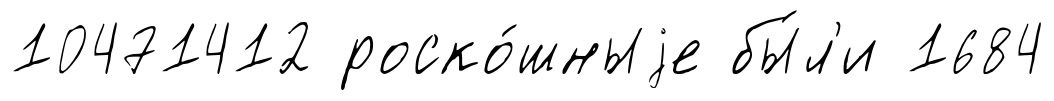
10471412 роско́шныjе бы́л'и 1684